Indian journal of veterinary science and animal husbandry - Volumes 18-21, 1948-1951
Year: 1948
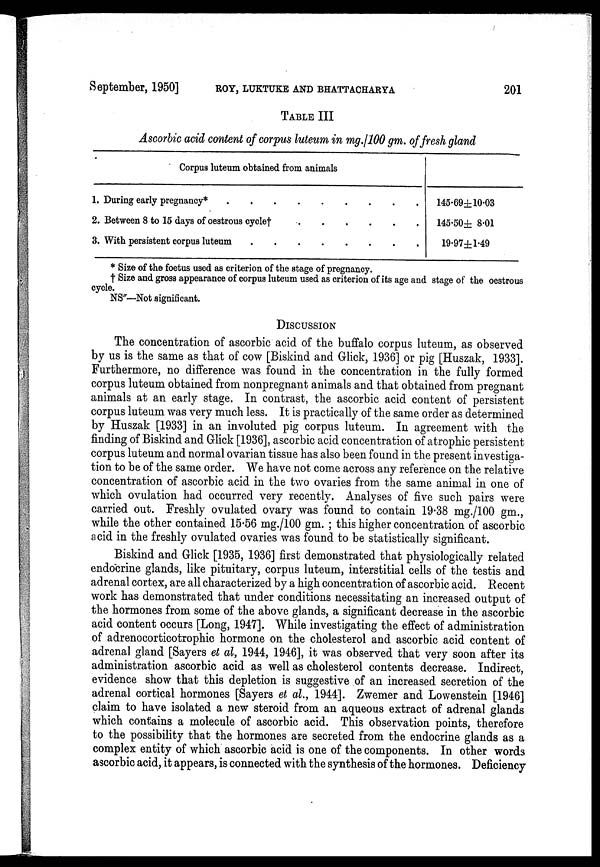
September, 1950]
ROY,
LUKTUKE
AND
BHATTACHARYA
201
TABLE III
Ascorbic acid content of corpus luteum in mg./100 gm. of fresh gland
Corpus luteum obtained from animals
1. During early pregnancy* . . . . . . . . .
2. Between 8 to 15 days of oestrous cycle† . . . . . .
3. With persistent corpus luteum . . . . . . . .
145.69±10.03
145.50± 8.01
19.97±1.49
* Size of the foetus used as criterion of the stage of pregnancy.
† Size and gross appearance of corpus luteum used as criterion of its age and stage of the oestrous
cycle.
NS"—Not significant.
DISCUSSION
The concentration of ascorbic acid of the buffalo corpus luteum, as observed
by us is the same as that of cow [Biskind and Glick, 1936] or pig [Huszak, 1933].
Furthermore, no difference was found in the concentration in the fully formed
corpus luteum obtained from nonpregnant animals and that obtained from pregnant
animals at an early stage. In contrast, the ascorbic acid content of persistent
corpus luteum was very much less. It is practically of the same order as determined
by Huszak [1933] in an involuted pig corpus luteum. In agreement with the
finding of Biskind and Glick [1936], ascorbic acid concentration of atrophic persistent
corpus luteum and normal ovarian tissue has also been found in the present investiga-
tion to be of the same order. We have not come across any reference on the relative
concentration of ascorbic acid in the two ovaries from the same animal in one of
which ovulation had occurred very recently. Analyses of five such pairs were
carried out. Freshly ovulated ovary was found to contain 19.38 mg./100 gm.,
while the other contained 15.56 mg./100 gm. ; this higher concentration of ascorbic
acid in the freshly ovulated ovaries was found to be statistically significant.
Biskind and Glick [1935, 1936] first demonstrated that physiologically related
endocrine glands, like pituitary, corpus luteum, interstitial cells of the testis and
adrenal cortex, are all characterized by a high concentration of ascorbic acid. Recent
work has demonstrated that under conditions necessitating an increased output of
the hormones from some of the above glands, a significant decrease in the ascorbic
acid content occurs [Long, 1947]. While investigating the effect of administration
of adrenocorticotrophic hormone on the cholesterol and ascorbic acid content of
adrenal gland [Sayers et al, 1944, 1946], it was observed that very soon after its
administration ascorbic acid as well as cholesterol contents decrease. Indirect,
evidence show that this depletion is suggestive of an increased secretion of the
adrenal cortical hormones [Sayers et al., 1944]. Zwemer and Lowenstein [1946]
claim to have isolated a new steroid from an aqueous extract of adrenal glands
which contains a molecule of ascorbic acid. This observation points, therefore
to the possibility that the hormones are secreted from the endocrine glands as a
complex entity of which ascorbic acid is one of the components. In other words
ascorbic acid, it appears, is connected with the synthesis of the hormones. Deficiency